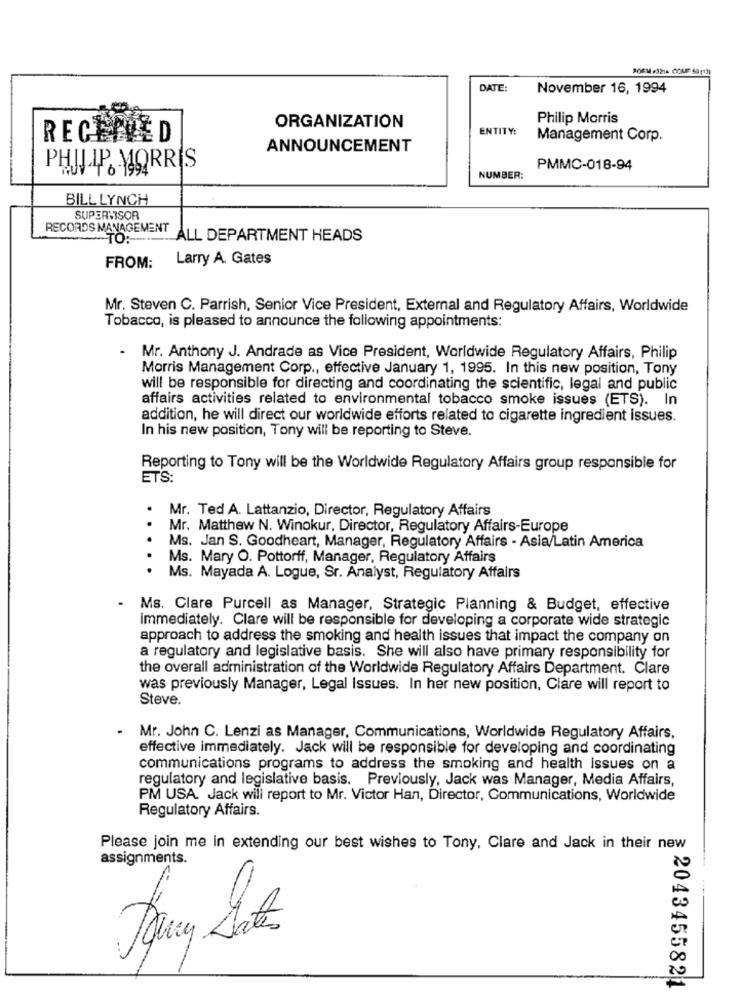
DATE:
November 16, 1994
ORGANIZATION
Philip Morris
ENTITY:
RECEIVED
Management Corp.
ANNOUNCEMENT
PHILIP MORRIS
PMMC-018-94
NUMBER:
BILL LYNCH
SUPERVISOR
RECORDS MANAGEMENT
TO :--
ALL DEPARTMENT HEADS
FROM: Larry A. Gates
Mr. Steven C. Parrish, Senior Vice President, External and Regulatory Affairs, Worldwide
Tobacco, is pleased to announce the following appointments:
.
Mr. Anthony J. Andrade as Vice President, Worldwide Regulatory Affairs, Philip
Morris Management Corp ., effective January 1, 1995. In this new position, Tony
will be responsible for directing and coordinating the scientific, legal and public
affairs activities related to environmental tobacco smoke issues (ETS). In
addition, he will direct our worldwide efforts related to cigarette ingredient issues.
In his new position, Tony will be reporting to Steve.
Reporting to Tony will be the Worldwide Regulatory Affairs group responsible for
ETS:
Mr. Ted A. Lattanzio, Director, Regulatory Affairs
. .
Mr. Matthew N. Winokur, Director, Regulatory Affairs-Europe
Ms. Jan S. Goodheart, Manager, Regulatory Affairs - Asia/Latin America
..
Ms. Mary O. Pottorff, Manager, Regulatory Affairs
Ms. Mayada A. Logue, Sr. Analyst, Regulatory Affairs
Ms. Clare Purcell as Manager, Strategic Planning & Budget, effective
immediately. Clare will be responsible for developing a corporate wide strategic
approach to address the smoking and health issues that impact the company on
a regulatory and legislative basis. She will also have primary responsibility for
the overall administration of the Worldwide Regulatory Affairs Department. Clare
was previously Manager, Legal Issues. In her new position, Clare will report to
Steve.
Mr. John C. Lenzi as Manager, Communications, Worldwide Regulatory Affairs,
effective immediately. Jack will be responsible for developing and coordinating
communications programs to address the smoking and health Issues on a
regulatory and legislative basis. Previously, Jack was Manager, Media Affairs,
PM USA. Jack will report to Mr. Victor Han, Director, Communications, Worldwide
Regulatory Affairs.
Please join me in extending our best wishes to Tony, Clare and Jack in their new
assignments.
: 2043455821